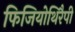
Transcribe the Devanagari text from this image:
फिजियोथिरैपी